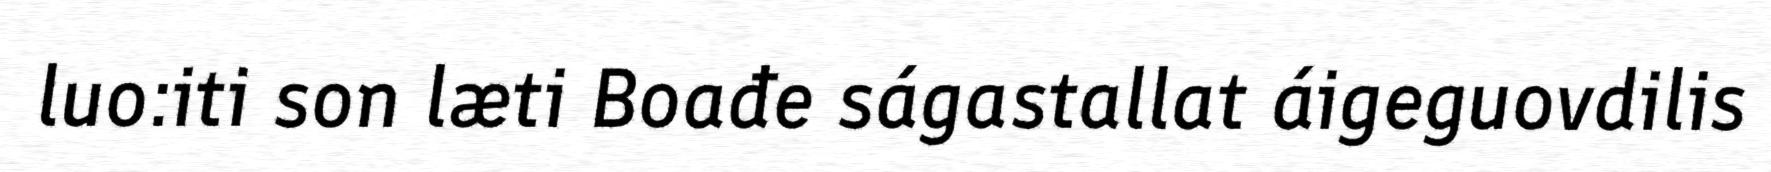
luo:iti son læti Boađe ságastallat áigeguovdilis